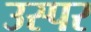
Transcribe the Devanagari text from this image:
उस्पर